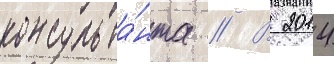
консульта́нта // В 2014